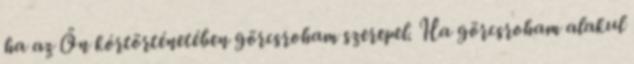
ha az Ön kórtörténetében görcsroham szerepel. Ha görcsroham alakul